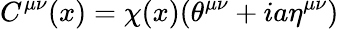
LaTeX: C^{{\mu}{\nu}}(x)={\chi}(x)({\theta}^{{\mu}{\nu}}+ia{\eta}^{{\mu}{\nu}})